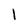
Character: l